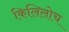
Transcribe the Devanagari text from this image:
किलिलोच